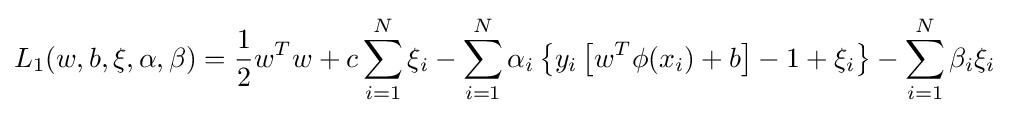
L_{1}(w,b,\xi ,\alpha ,\beta )={\frac {1}{2}}w^{T}w+c\sum \limits _{i=1}^{N}{\xi _{i}}-\sum \limits _{i=1}^{N}\alpha _{i}\left\{y_{i}\left[{w^{T}\phi (x_{i})+b}\right]-1+\xi _{i}\right\}-\sum \limits _{i=1}^{N}\beta _{i}\xi _{i}